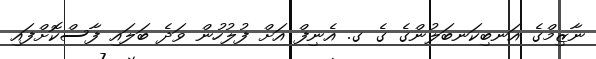
ނާޒިމްގެ އަނބިކަނބަލުންގެ ގެ ގ. އެނިފް އަށް ފުލުހުން ވަދެ ބަލައި ފާސްކޮށްފައި